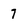
Character: 7